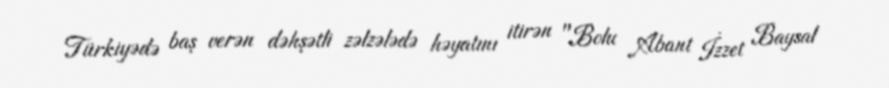
Türkiyədə baş verən dəhşətli zəlzələdə həyatını itirən "Bolu Abant İzzet Baysal